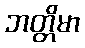
ဘတ္တိမာ